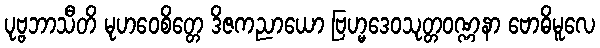
ပုဗ္ဗဘာသီတိ မုဟဝေစိတ္တေ ဒိဇကညာယော ဗြဟ္မဒေဝသုတ္တဝဏ္ဏနာ ဗောဓိမူလေ